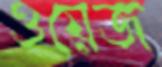
ওয়েজ